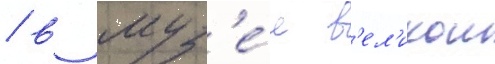
/ в муз'е́е в'ел'икои